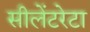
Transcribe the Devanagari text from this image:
सीलेंटरेटा